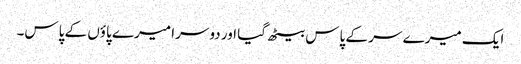
ایک میرے سر کے پاس بیٹھ گیا اور دوسرا میرے پاؤں کے پاس۔